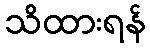
သိထားရန်